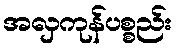
အလှကုန်ပစ္စည်း